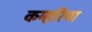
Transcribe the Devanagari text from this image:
कम्हरिया